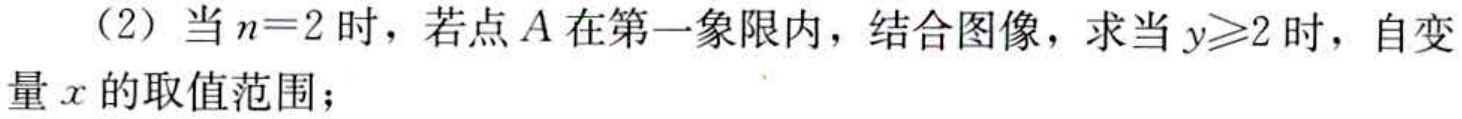
（2）当\(n = 2\)时，若点\(A\)在第一象限内，结合图像，求当\(y\geqslant2\)时，自变量\(x\)的取值范围；